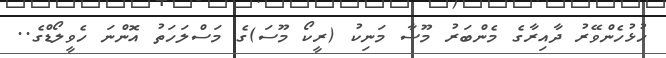
ހުޅުހެންވޭރު ދާއިރާގެ މެންބަރު މޫސާ މަނިކު (ރީކޯ މޫސަ)ގެ މަސްލަހަތު އޮންނަ ހެވީލޯޑްގެ..